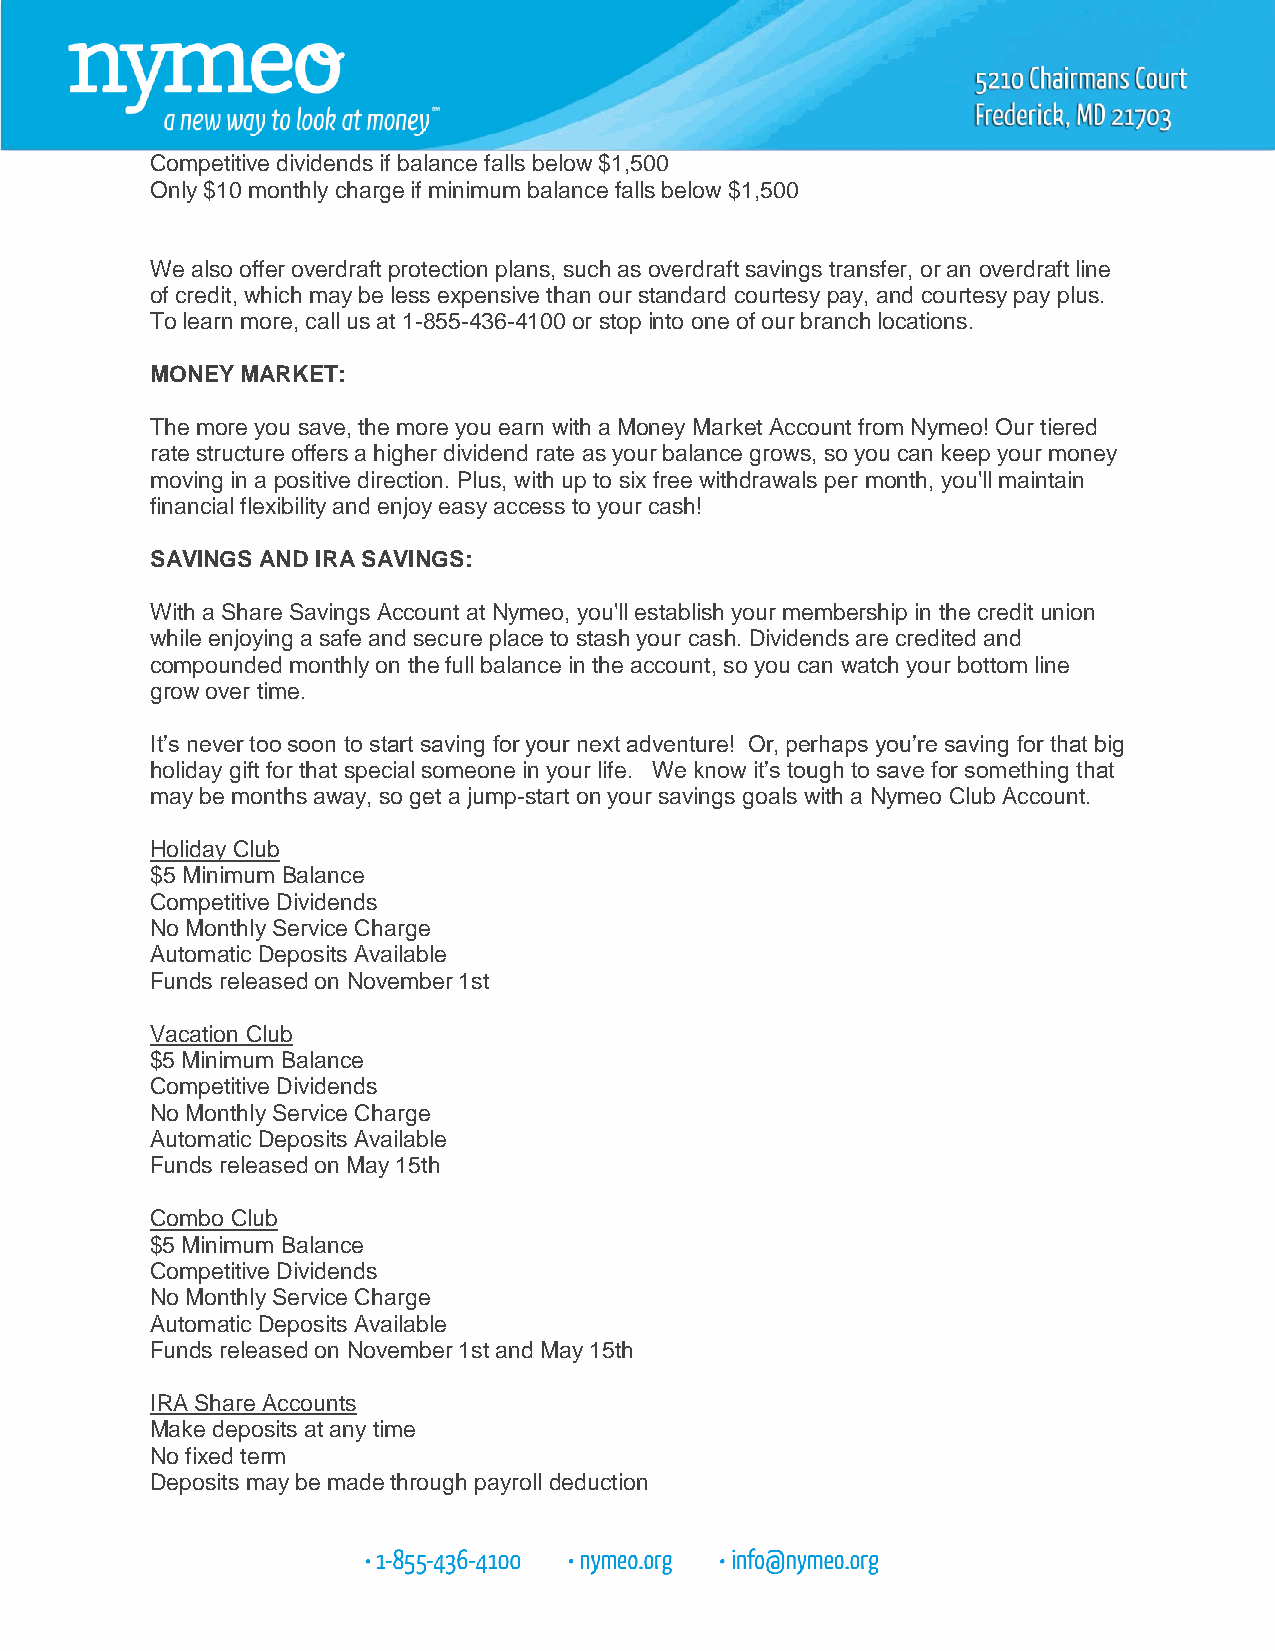
Competitive dividends if balance falls below $1,500
 Only $10 monthly charge if minimum balance falls below $1,500
 We also offer overdraft protection plans, such as overdraft savings transfer, or an overdraft line
 of credit, which may be less expensive than our standard courtesy pay, and courtesy pay plus.
 To learn more, call us at 1-855-436-4100 or stop into one of our branch locations.
 MONEY MARKET:
 The more you save, the more you earn with a Money Market Account from Nymeo! Our tiered
 rate structure offers a higher dividend rate as your balance grows, so you can keep your money
 moving in a positive direction. Plus, with up to six free withdrawals per month, you'll maintain
 financial flexibility and enjoy easy access to your cash!
 SAVINGS AND IRA SAVINGS:
 With a Share Savings Account at Nymeo, you'll establish your membership in the credit union
 while enjoying a safe and secure place to stash your cash. Dividends are credited and
 compounded monthly on the full balance in the account, so you can watch your bottom line
 grow over time.
 It’s never too soon to start saving for your next adventure! Or, perhaps you’re saving for that big
 holiday gift for that special someone in your life. We know it’s tough to save for something that
 may be months away, so get a jump-start on your savings goals with a Nymeo Club Account.
 Holiday Club
 $5 Minimum Balance
 Competitive Dividends
 No Monthly Service Charge
 Automatic Deposits Available
 Funds released on November 1st
 Vacation Club
 $5 Minimum Balance
 Competitive Dividends
 No Monthly Service Charge
 Automatic Deposits Available
 Funds released on May 15th
 Combo Club
 $5 Minimum Balance
 Competitive Dividends
 No Monthly Service Charge
 Automatic Deposits Available
 Funds released on November 1st and May 15th
 IRA Share Accounts
 Make deposits at any time
 No fixed term
 Deposits may be made through payroll deduction